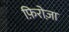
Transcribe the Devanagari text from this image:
फ़िरोज़ा